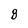
Character: 8